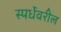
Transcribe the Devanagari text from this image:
स्पर्धेवरील